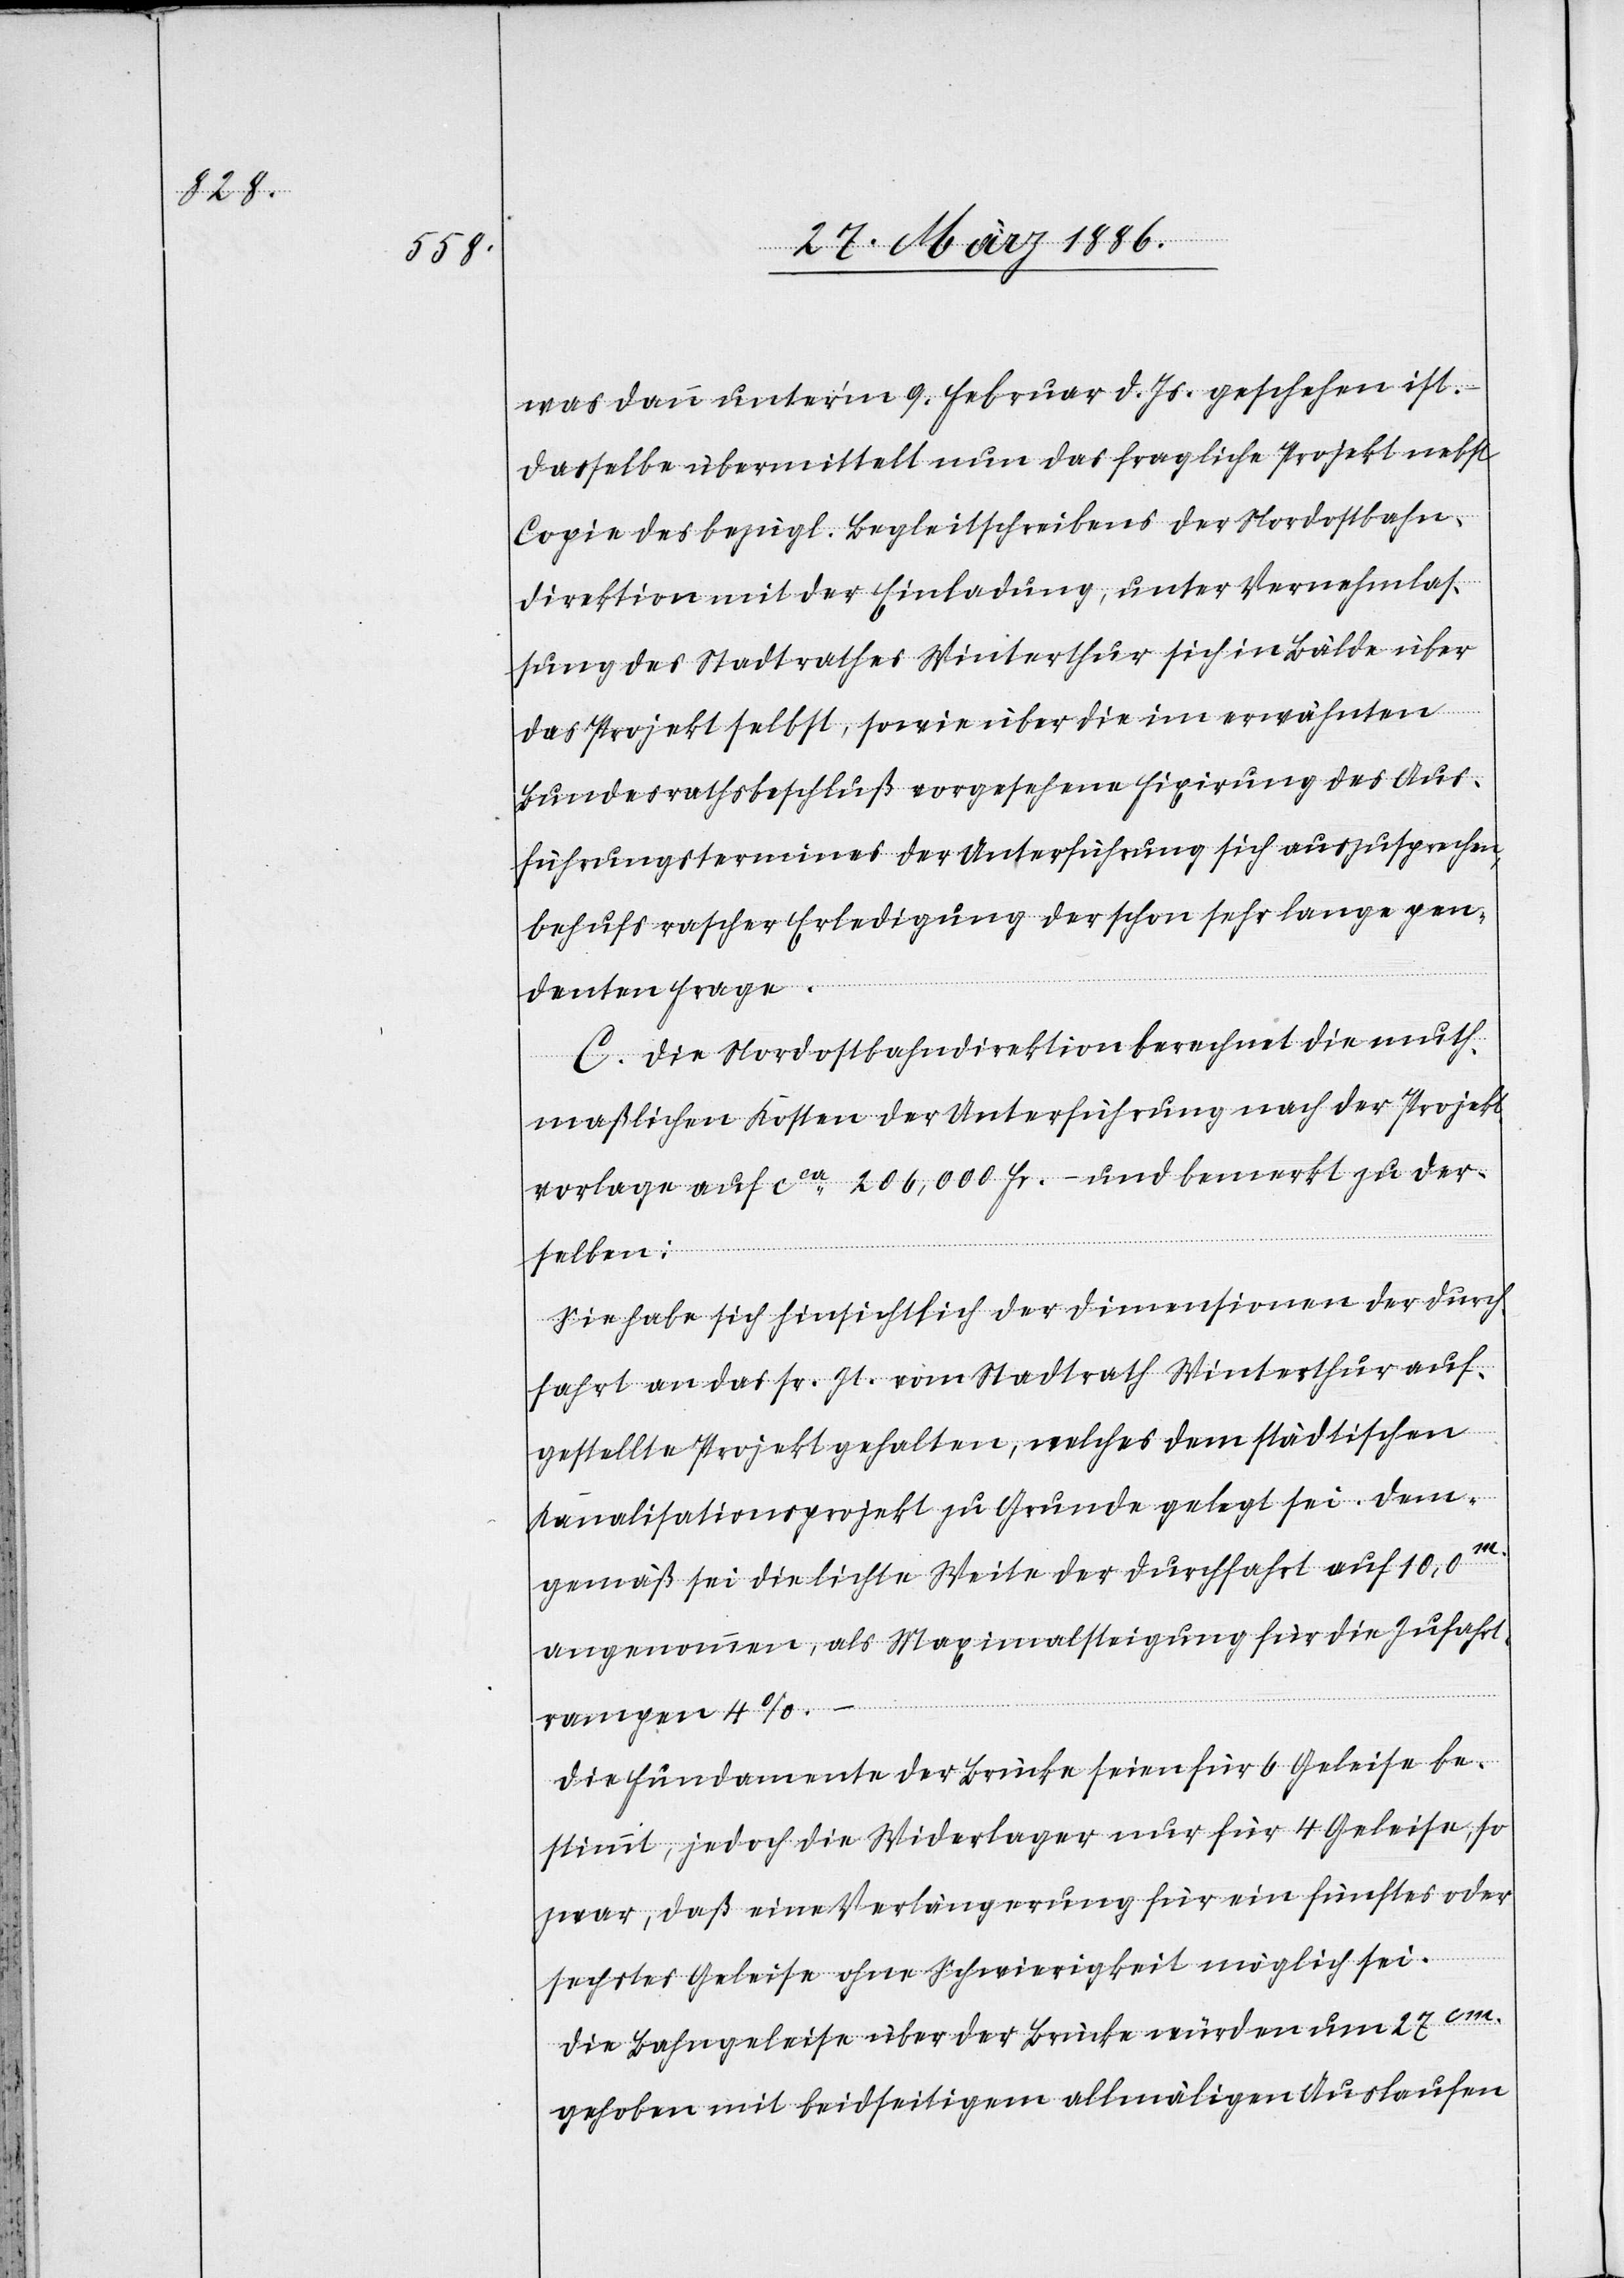
was dann unter’m 9. Februar d. Js. geschehen ist.
dasselbe übermittelt nun das fragliche Projekt nebst
Copie des bezügl. Begleitschreibens der Nordostbahn¬
direktion mit der Einladung, unter Vernehmlas¬
sung des Stadtrathes Winterthur sich in Bälde über
das Projekt selbst, sowie über die im erwähnten
Bundesrathsbeschluß vorgesehene Fixierung des Aus¬
führungstermines der Unterführung sich [sic!] auszusprechen,
behufs rascher Erledigung der schon sehr lange pen¬
denten Frage.
C. Die Nordostbahndirektion berechnet die muth¬
maßlichen Kosten der Unterführung nach der Projekt¬
vorlage auf cca 206,000 Fr.– und bemerkt zu der¬
selben:
Die habe sich hinsichtlich der Dimensionen der Durch¬
fahrt an das sr. Zt. vom Stadtrath Winterthur auf¬
gestellte Projekt gehalten, welches dem städtischen
Kanalisationsprojekt zu Grunde gelegt sei. Dem¬
gemäß sei die lichte Weite der Durchfahrt auf 10,0m.
angenommen, als Maximalsteigung für die Zufahrt¬
rampen 4%.
Die Fundamente der Brücke seien für 6 Geleise be¬
stimmt, jedoch die Widerlager nur für 4 Geleise, so
zwar, daß eine Verlängerung für ein fünftes oder
sechstes Geleise ohne Schwierigkeit möglich sei.
Die Bahngeleise über der Brücke würden um 27cm.
gehoben mit beidseitigem allmäligen Auslaufen